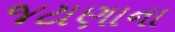
જટાણાના